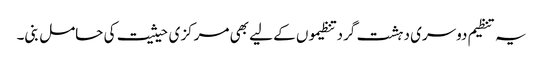
یہ تنظیم دوسری دہشت گرد تنظیموں کے لیے بھی مرکزی حیثیت کی حامل بنی۔